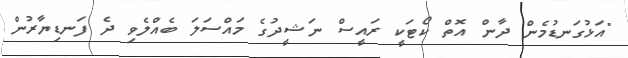
"އަޅުގަނޑުމެން ދާން އޮތް ކޯޓަކީ ރައީސް ނަޝީދުގެ މައްސަލަ ބެއްލެވި ދެ ފަނޑިޔާރުން